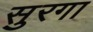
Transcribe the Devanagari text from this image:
सुरगा